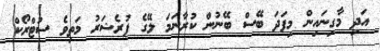
އަދި މާގިނައިން މިފަދަ ބޭސް ބޭނުން ކުރާނަމަ ލޭގެ ޕުރެޝަރު މަތިވެ ސުޓްރޯކް